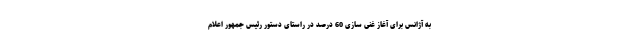
به آژانس برای آغاز غنی سازی 60 درصد در راستای دستور رئیس جمهور اعلام